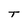
Character: T